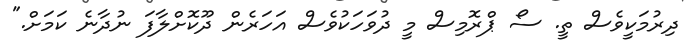
ދިރުމަކީވެސް ތީ. ސޯ ޕްރޮމިސް މީ ދުވަހަކުވެސް އަހަރެން ދޫކޮށްލާފަ ނުދާނެ ކަމަށް."